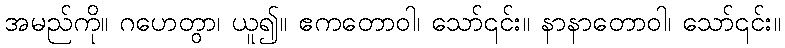
အမည်ကို။ ဂဟေတွာ၊ ယူ၍။ ဧကတောဝါ၊ သော်၎င်း။ နာနာတောဝါ၊ သော်၎င်း။